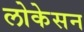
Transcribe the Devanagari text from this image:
लोकेसन